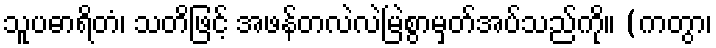
သူပဓာရိတံ၊ သတိဖြင့် အဖန်တလဲလဲမြဲစွာမှတ်အပ်သည်ကို။ (ကတွာ၊